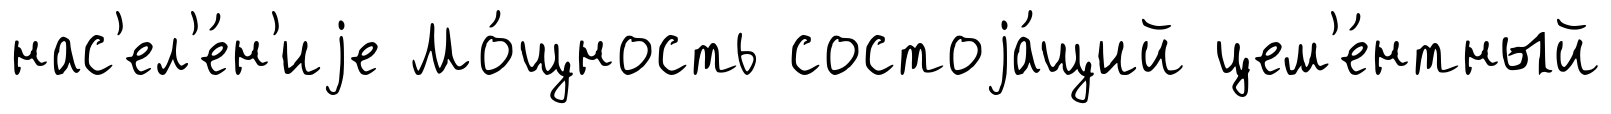
нас'ел'е́н'иjе Мо́щность состоjа́щий цем'е́нтный